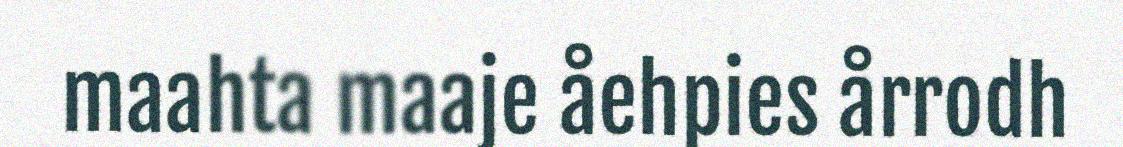
maahta maaje åehpies årrodh